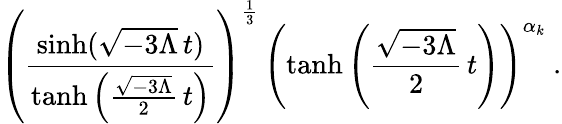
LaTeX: \left(\frac{\sinh(\sqrt{-3\Lambda}\, t)}{\operatorname{tanh}\left(\frac{\sqrt{-3\Lambda}}{2}\, t\right)}\right)^{\frac{1}{3}}\, \left(\operatorname{tanh}\left(\frac{\sqrt{-3\Lambda}}{2}\, t\right)\right)^{\alpha_{k}}\ .